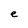
Character: e